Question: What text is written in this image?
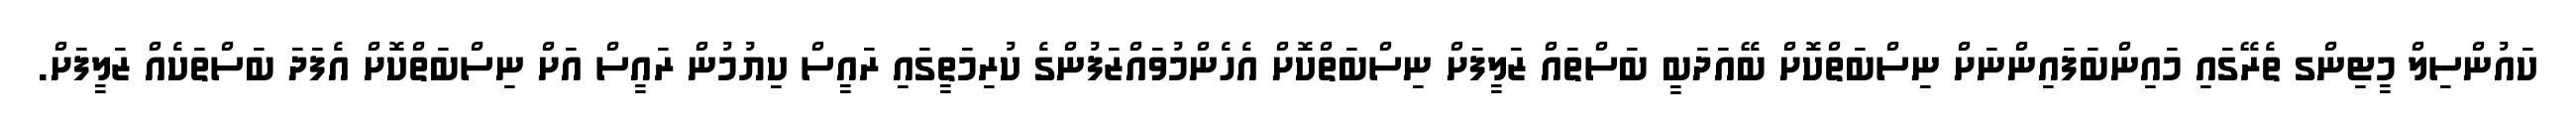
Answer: ކައުންސިލް މީޓިންގ ތެރޭގައި މައިންބަފައިންނަށް ނިސްބަތްކޮށް ބޭއަދަބީ ބަސްތައް ޒަލީފަށް ނިސްބަތްކޮށް އެހެންމުވައްޒަފުންގެ ކުރިމަތީގައި ރައީސް ކިޔުމުން ރައީސް އަށް ނިސްބަތްކޮށް އެފަދަ ބަސްތަކެއް ޒަލީފަށް.